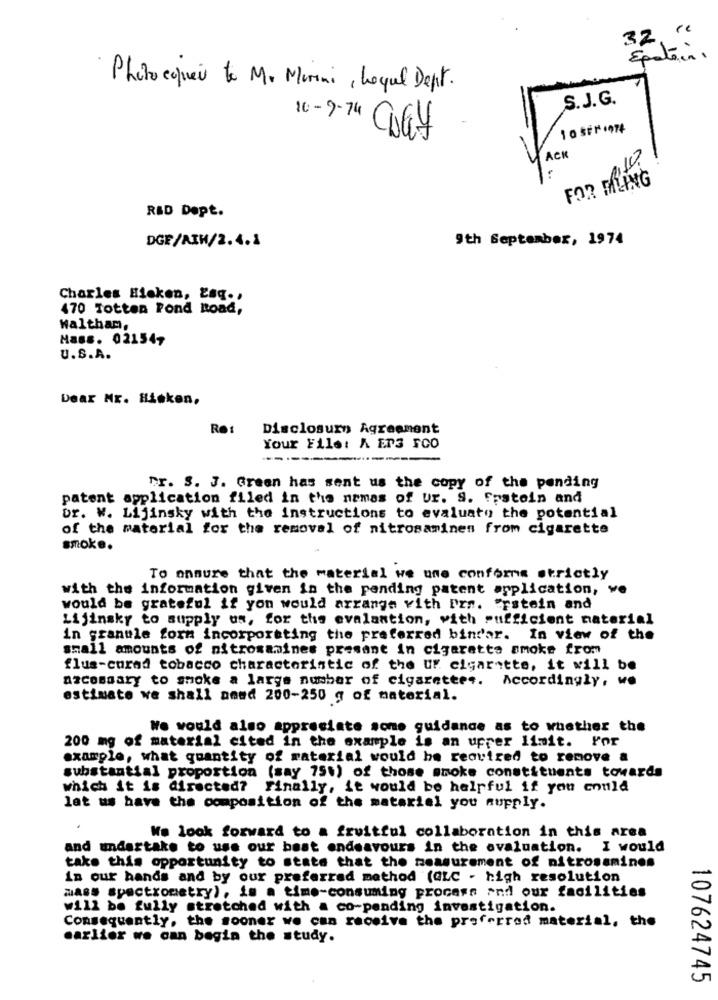
32 "
Epatoin.
Photocopiei to M. Mirini , Loque Dept .
S.J.G.
10 - 9-74
ACK
FOR MILING
RAD Dopt.
DGF/AIH/2.4.1
9th September, 1974
Charles Hleken, Løg .,
470 Totten Pond Road,
Waltham,
Mass. 02154,
U.S.A.
Dear Mr. Hisken,
Re: Disclosure Agreement
Your File: A EP3 FCO
fr. S. J. Green has sent us the copy of the pending
patent application filed in the nemas of ur. S. Frstein and
or. W. Lijinsky with the instructions to evaluate the potential
of the material for the removal of nitrosaminen from cigarette
smoke.
To ensure that the material we une conforma strictly
with the information given in the pending patent application, we
would be grateful if you would arrange vith Prs. "rstein and
Lijinsky to supply us, for the evalantion, with sufficient material
in granule form incorporating the preferred bind'ar. In view of the
small amounts of nitroxamines present in cigarette smoke from
flus-cured tobacco characteristic of the Ur cigarette, it will be
Azcessary to smoke a large number of cigarettes. Accordingly, we
estimate we shall amed 200-250 g of material.
We would also appreciate some guidance as to whether the
For
200 mg of material cited in the example is an upper limit.
example, what quantity of material would be required to remove a
substantial proportion (say 75%) of those smoke constituents towards
which it is directed? Finally, it would be helpful if you could
lat us have the composition of the material you supply.
We look forward to a fruitful collaboration in this area
and undertake to use our best endeavours in the evaluation. I would
take this opportunity to state that the measurement of nitrosamines
in our hands and by our preferred method (QLC - high resolution
mass spectrometry), is a time-consuming process and our facilities
will be fully stretched with a co-pending investigation.
Consequently, the sooner we can receive the preferred material, the
earlier we can begin the study.
107624745